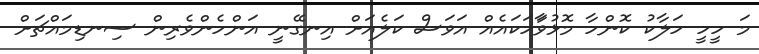
މަ ހީހީ ހަލާކު ކޮންހާ މޮޅުވަާހަކައެއް އަވަސް ކަލެއަށް އިނގޭނީ އަންހެންވެރިން ސިނޑިމައްޗަށް